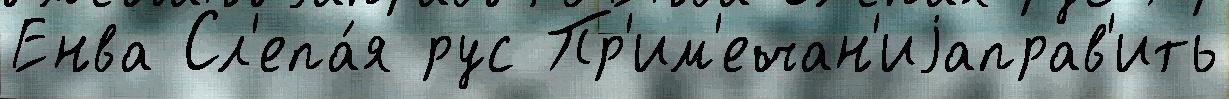
Енва Сл'епа́я рус Пр'им'ечан'иjаправ'ить